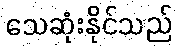
သေဆုံးနိုင်သည်